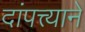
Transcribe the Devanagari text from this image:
दांपत्त्याने